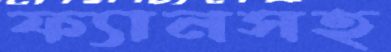
ফ্যানসহ